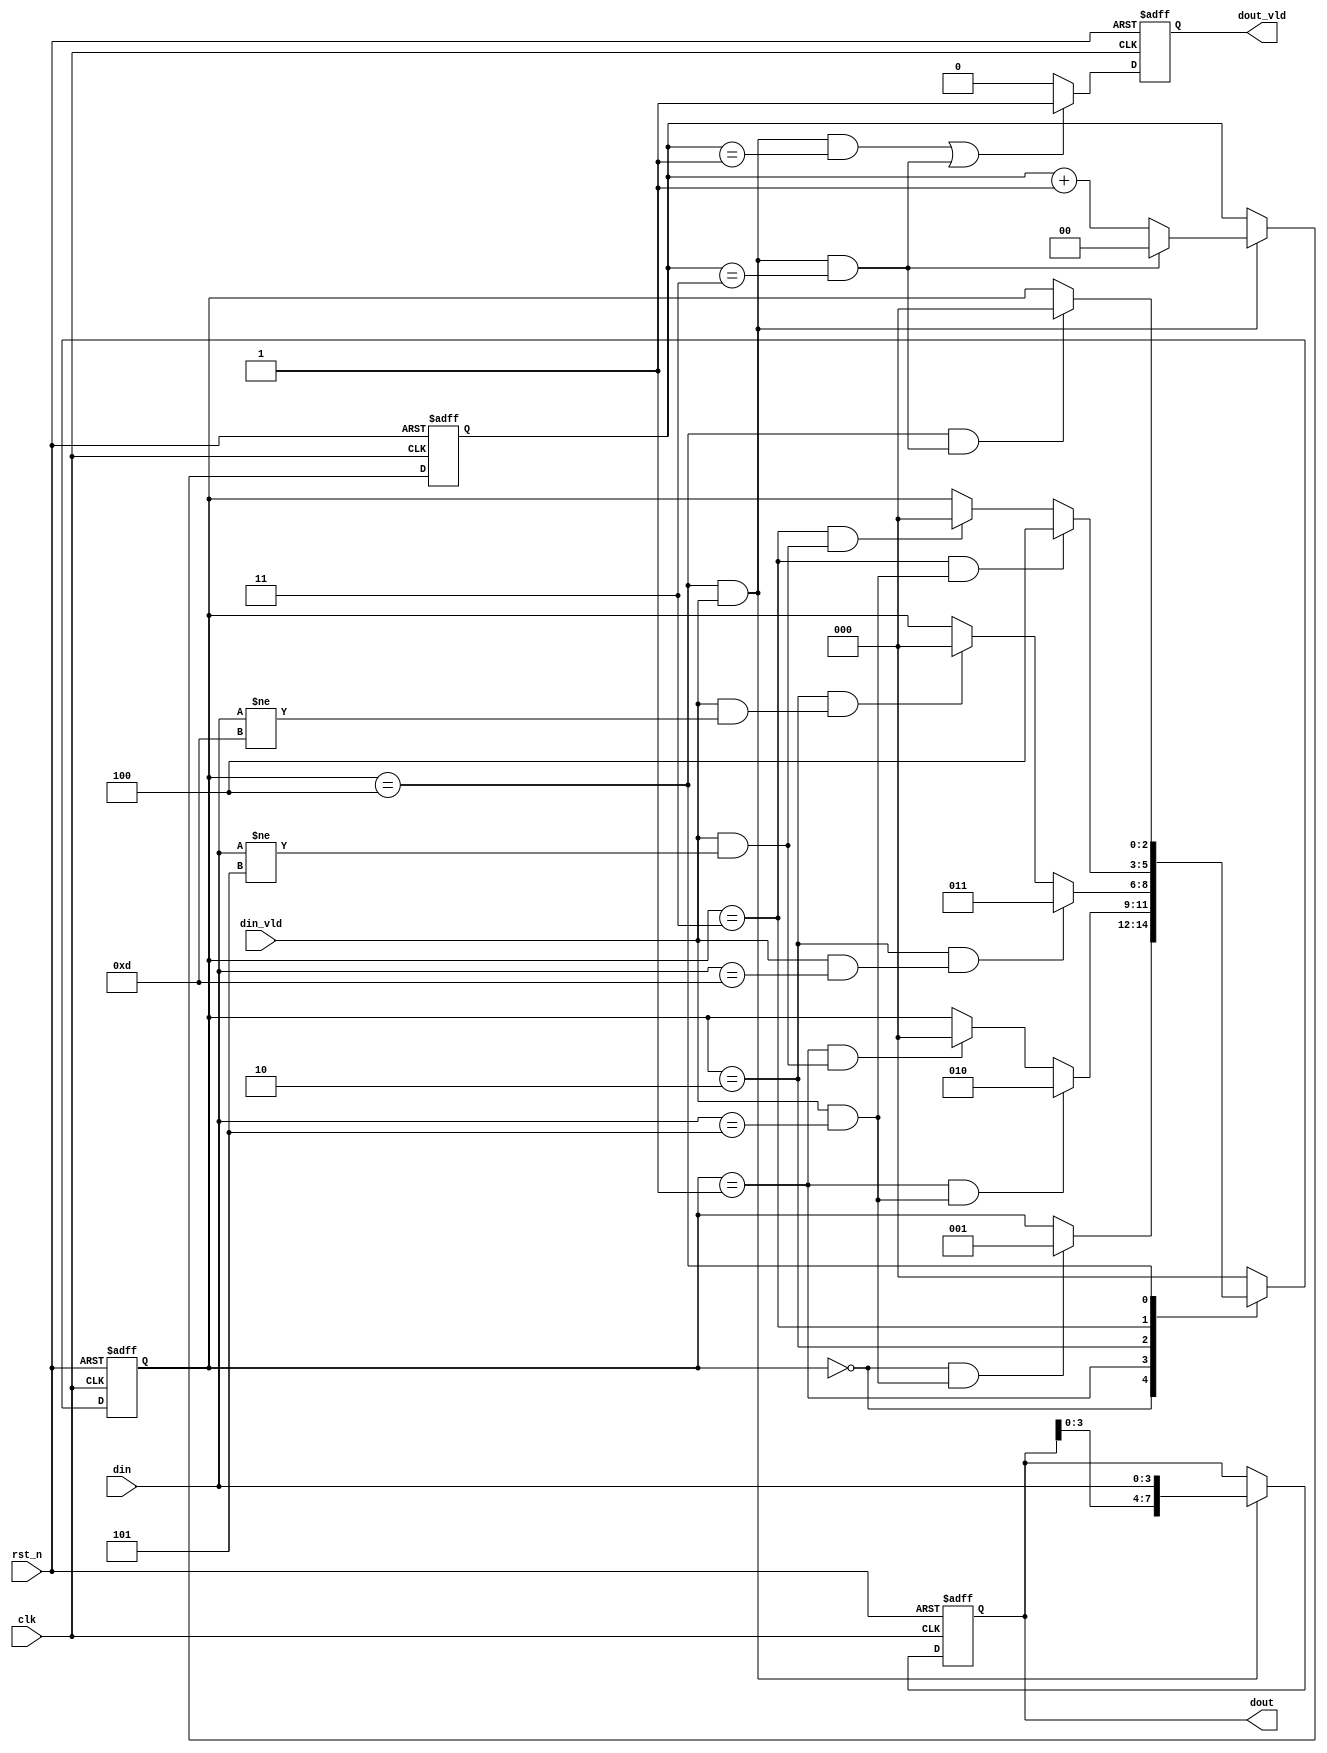
module opcode_detect(
    clk      ,
    rst_n    ,
    din      ,
    din_vld  ,
    dout     ,
    dout_vld   
    );

    input               clk            ;
    input               rst_n          ;
    input[3:0]          din            ;
    input               din_vld        ;
    output[7:0]         dout           ;
    output              dout_vld       ;

reg     [7:0]       dout;
reg                 dout_vld;
reg     [2:0]       state_c;
reg     [2:0]       state_n;
wire                idl2s1_start;
wire                s12s2_start;
wire                s12idl_start;
wire                s22s3_start;
wire                s22idl_start;
wire                s32s4_start;
wire                s32idl_start;
wire                s42idl_start;

reg     [1:0]       cnt;
wire                add_cnt;
wire                end_cnt;


localparam      IDLE    =   3'd0;
localparam      S1      =   3'd1;
localparam      S2      =   3'd2;
localparam      S3      =   3'd3;
localparam      S4      =   3'd4;


//
// IDLE:
// S1:5
// S2:55
// S3:55d
// S4:55d5
//always(
always@(posedge clk or negedge rst_n)begin
    if(!rst_n)begin
        state_c <= IDLE;
    end
    else begin
        state_c <= state_n;
    end
end

//always
always@(*)begin
    case(state_c)
        IDLE:begin
            if(idl2s1_start)begin
                state_n = S1;
            end
            else begin
                state_n = state_c;
            end
        end
        S1:begin
            if(s12s2_start)begin
                state_n = S2;
            end
            else if(s12idl_start) begin
                state_n = IDLE;
            end
            else begin
                state_n = state_c;
            end
        end
        S2:begin
            if(s22s3_start)begin
                state_n = S3;
            end
            else if(s22idl_start) begin
                state_n = IDLE;
            end
            else begin
                state_n = state_c;
            end
        end
        S3:begin
            if(s32s4_start) begin
                state_n = S4;
            end
            else if(s32idl_start) begin
                state_n = IDLE;
            end
            else begin
                state_n = state_c;
            end
        end
        S4:begin
            if(s42idl_start)begin
                state_n = IDLE;
            end
            else begin
                state_n = state_c;
            end
        end
        default:begin
            state_n = IDLE;
        end
    endcase
end
//
assign idl2s1_start  = state_c==IDLE && (din_vld && din == 4'h5);
assign s12s2_start = state_c==S1    && (din_vld && din == 4'h5);
assign s12idl_start = state_c==S1    && (din_vld && din != 4'h5);
assign s22s3_start  = state_c==S2    && (din_vld && din == 4'hd);
assign s22idl_start  = state_c==S2    && (din_vld && din != 4'hd);
assign s32s4_start  = state_c==S3    && (din_vld && din == 4'h5);
assign s32idl_start  = state_c==S3    && (din_vld && din != 4'h5);
assign s42idl_start  = state_c==S4    && end_cnt;
//always
always  @(posedge clk or negedge rst_n)begin
    if(!rst_n)begin
        dout <=8'h00;      //
    end
    else if(state_c==S4 && din_vld)begin
        dout <= {dout[3:0], din};
    end
    else begin
        dout <= dout;
    end
end

//  
always @(posedge clk or negedge rst_n)begin
    if(!rst_n)begin
        cnt <= 0;
    end
    else if(add_cnt)begin
        if(end_cnt)
            cnt <= 0;
        else
            cnt <= cnt + 1;
    end
end

assign add_cnt = (state_c == S4 && din_vld);       
assign end_cnt = add_cnt && cnt== (4 - 1);   

always  @(posedge clk or negedge rst_n)begin
    if(rst_n==1'b0)begin
        dout_vld <= 0;
    end
    else if((add_cnt && (cnt == 2 - 1)) || end_cnt)begin
        dout_vld <= 1;
    end
    else begin
        dout_vld <= 0;
    end
end


endmodule